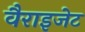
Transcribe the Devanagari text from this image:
वैराइजेट